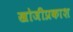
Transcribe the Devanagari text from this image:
खोजीप्रकाश